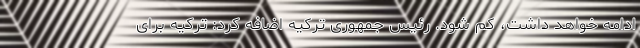
ادامه خواهد داشت، کم شود. رئیس جمهوری ترکیه اضافه کرد: ترکیه برای